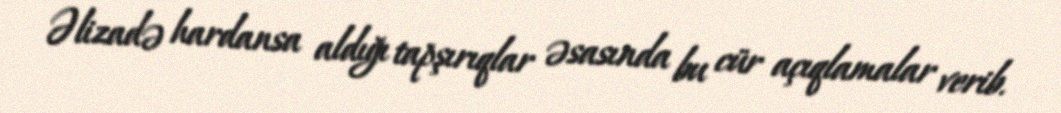
Əlizadə hardansa aldığı tapşırıqlar əsasında bu cür açıqlamalar verib.